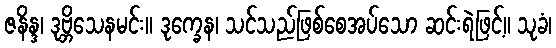
ဇနိန္ဒ၊ ဒုဗ္ဘိသေနမင်း။ ဒုက္ခေန၊ သင်သည်ဖြစ်စေအပ်သော ဆင်းရဲဖြင့်။ သုခံ၊